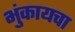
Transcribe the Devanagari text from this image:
भुंकायचा